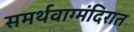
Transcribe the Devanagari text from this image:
समर्थवाग्मंदिरात